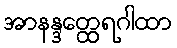
အာနန္ဒတ္ထေရဂါထာ